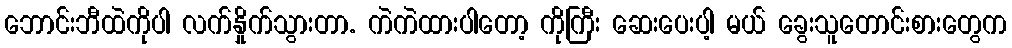
ဘောင်းဘီထဲကိုပါ လက်နှိုက်သွားတာ. ကဲကဲထားပါတော့ ကိုကြီး ဆေးပေးပါ့ မယ် ခွေးသူတောင်းစားတွေက